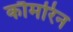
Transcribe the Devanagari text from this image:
कौमरिन